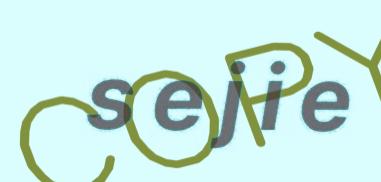
s e j i e